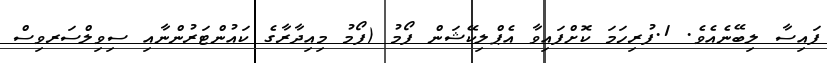
ފައިސާ ލިބޭނެއެވެ. 1.ފުރިހަމަ ކޮށްފައިވާ އެޕްލިކޭޝަން ފޯމު (ފޯމު މިއިދާރާގެ ކައުންޓަރުންނާއި ސިވިލްސަރވިސް